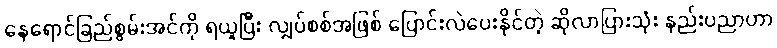
နေရောင်ခြည်စွမ်းအင်ကို ရယူပြီး လျှပ်စစ်အဖြစ် ပြောင်းလဲပေးနိုင်တဲ့ ဆိုလာပြားသုံး နည်းပညာဟာ